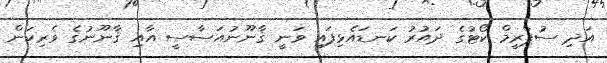
އަދި ސުޕްރީމް ކޯޓުގެ ދައުރު ކަނޑައެޅިފައި ވަނީ ޤާނޫނުއަސާސީ އާއި ޤާނޫނުގެ ވެރިކަން